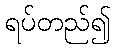
ရပ်တည်၍